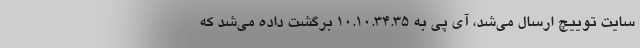
سایت توییچ ارسال می‌شد، آی‌ پی به 10.10.34.35 برگشت داده می‌شد که